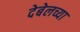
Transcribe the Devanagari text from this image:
देबेलच्या